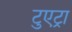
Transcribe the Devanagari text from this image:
टुएट्रा